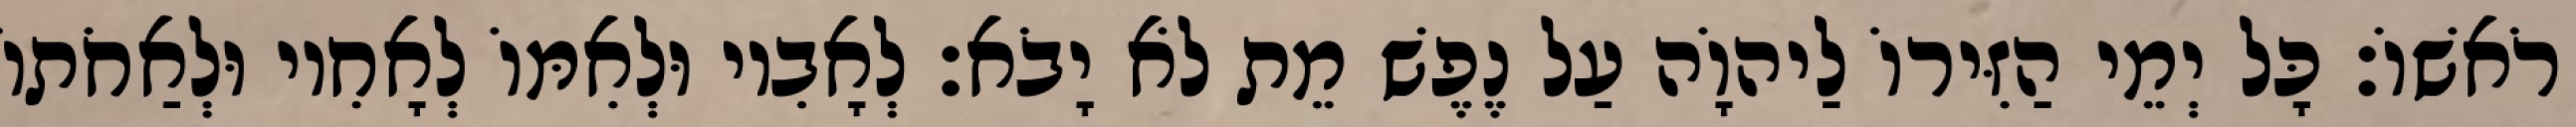
רֹאשׁוֹ׃ כָּל יְמֵי הַזִּירוֹ לַיהוָֹה עַל נֶפֶשׁ מֵת לֹא יָבֹא׃ לְאָבִיו וּלְאִמּוֹ לְאָחִיו וּלְאַחֹתוֹ